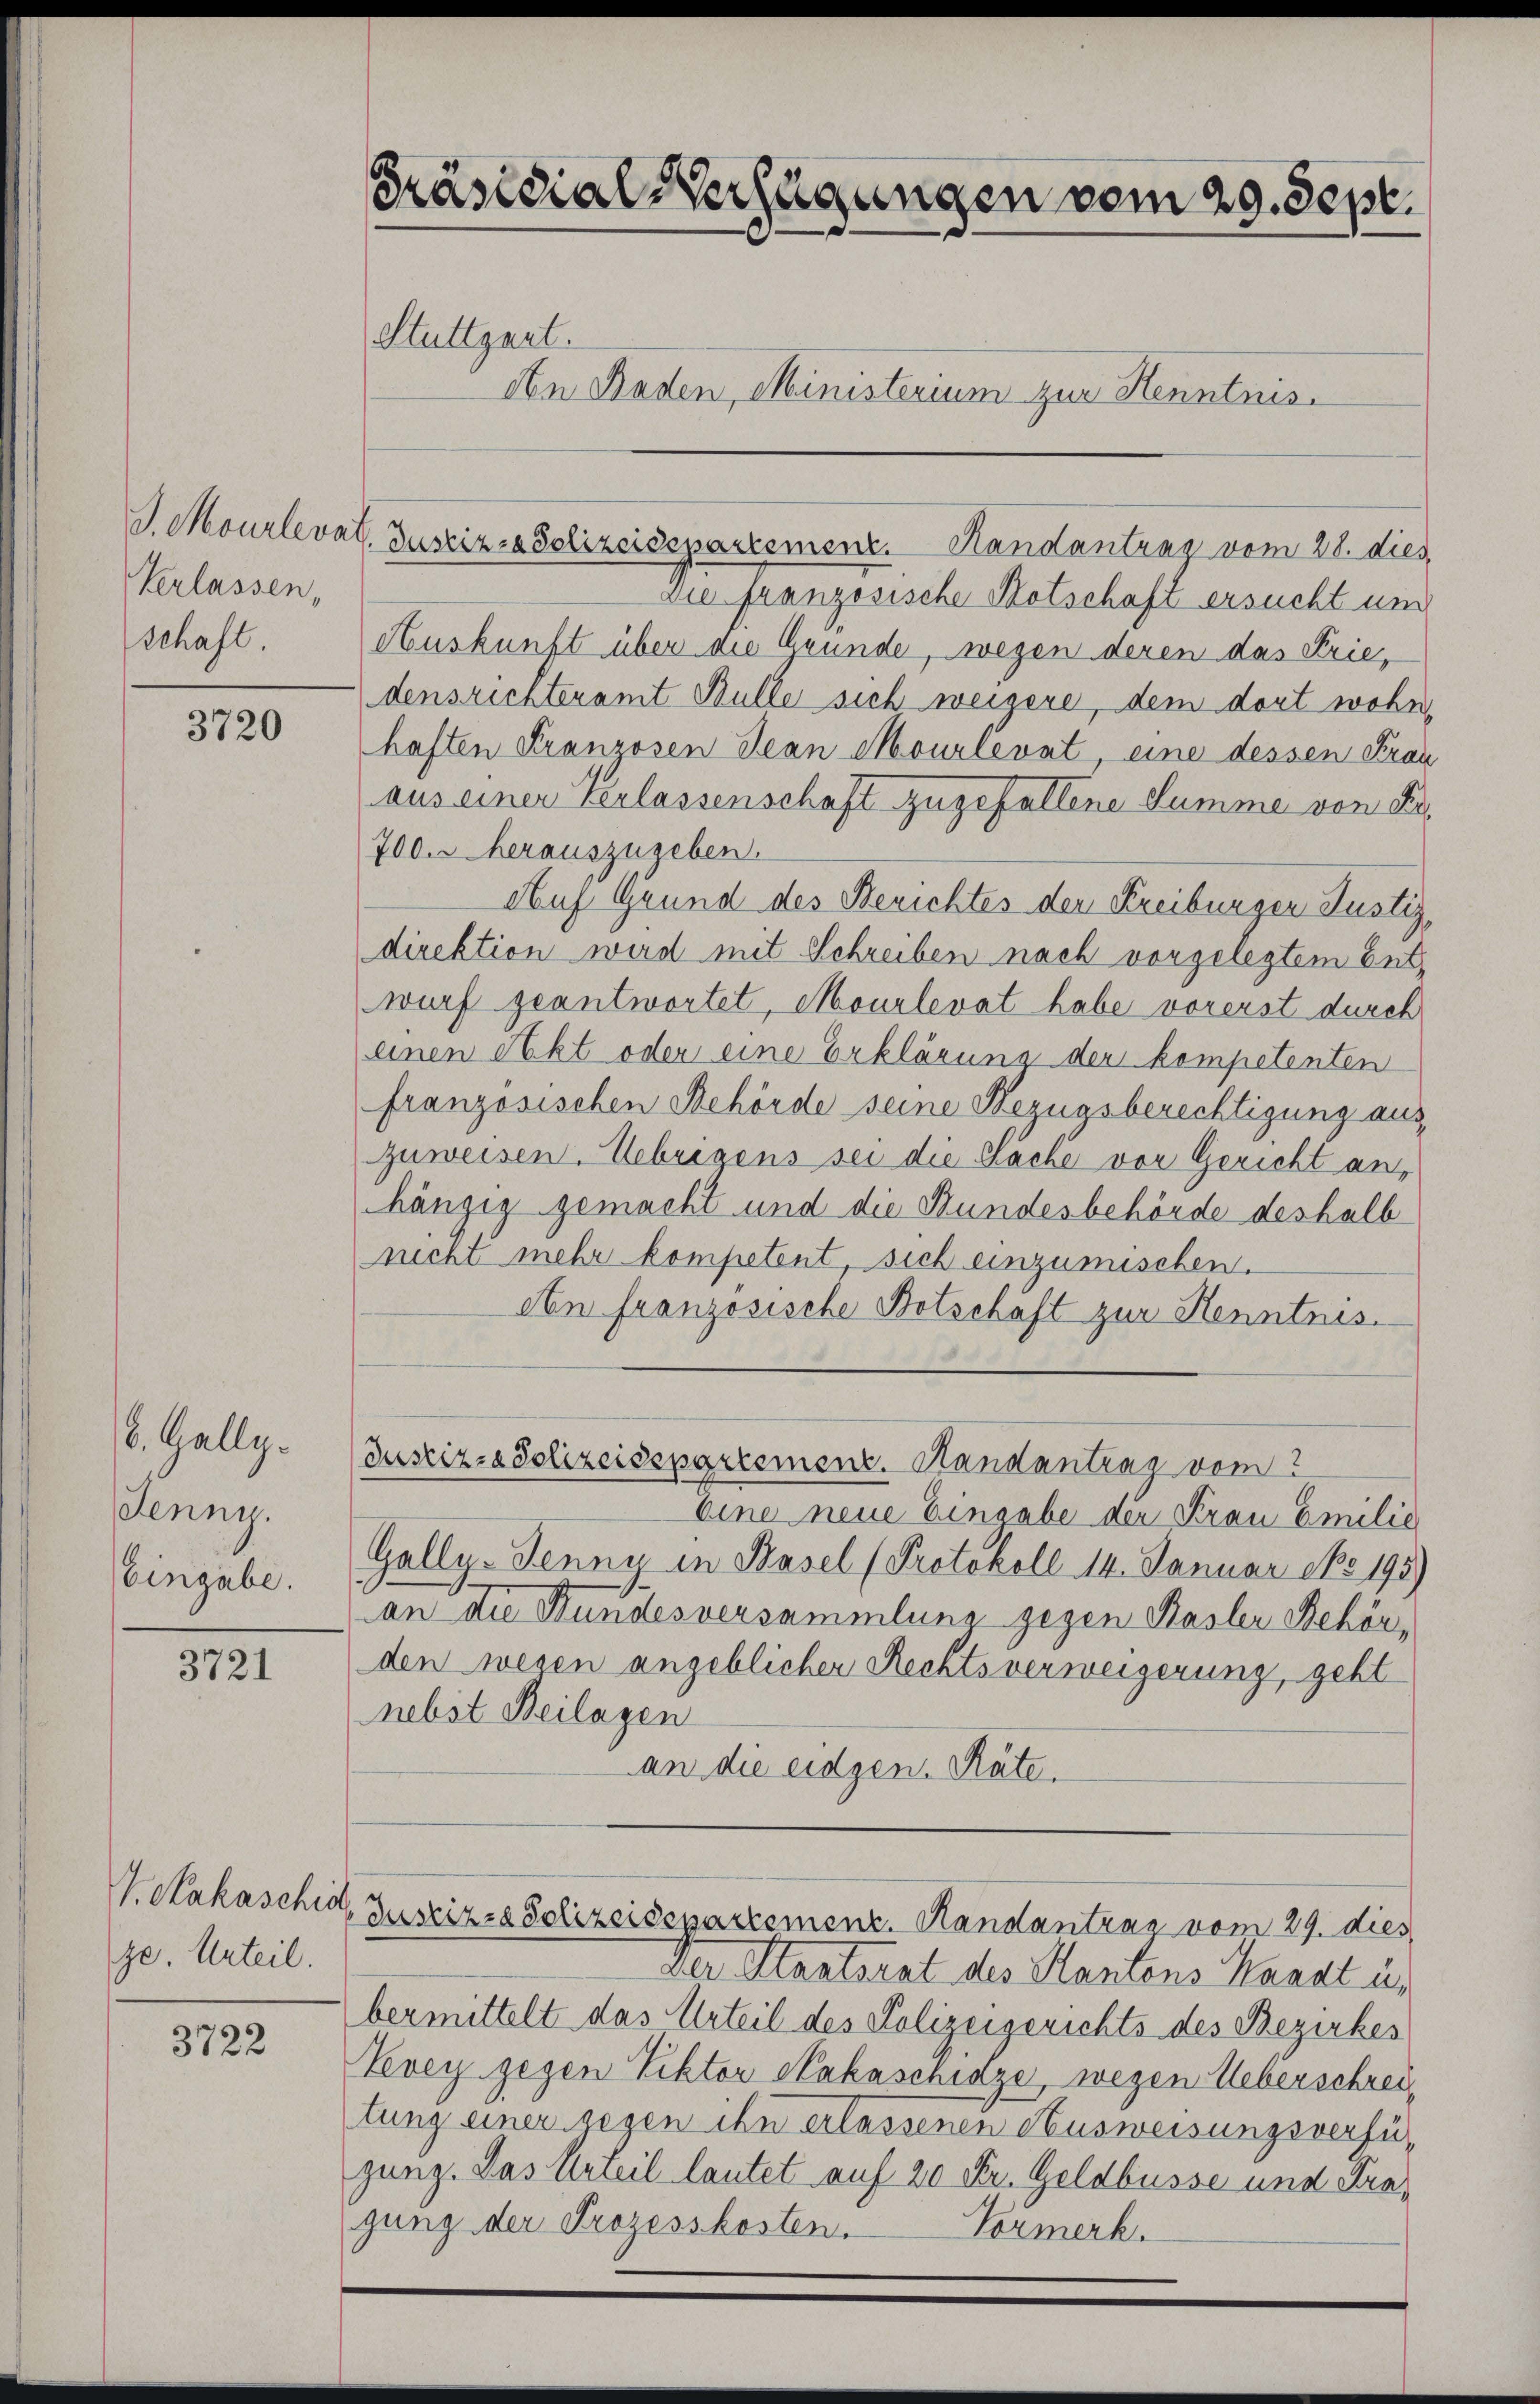
Verlassen,
schaft.

3720

18. Gally.
Jenny.
Eingabe.

3721

ze. Urteil.

3722

Präsidial-Verfügungen vom 29. Sept.
Stuttgart.
An Baden, Ministerium zur Kenntnis.

J. Mourlevat. Justiz- & Polizeidepartement. Handantrag vom 28. dies

die französische Notschaft ersucht und
Auskunft über die Gründe, wegen deren das Prie,
densrichteramt Bülle sich weigere, dem dort wohn
haften Franzosen Jean Mourlevnt eine dessen Frau
aus einer Verlassenschaft zugefallene Summe von Fr
700. u herauszugeben.
Auf Grund des Berichtes der Kreiburger Justiz,
direktion wird mit Schreiben nach vorgelegtem Entz
wurf geantwortet, Moulevat habe vorerst durch
einen Akt oder eine Erklärung der kompetenten
französischen Behörde seine Bezugsberechtigung auszuweisen. Uebrigens sei die Sache vor Gericht an,
hängig gemacht und die Bundesbehörde deshalb
nicht mehr kompetent, sich einzumischen.
An französische Botschaft zur Henntnis¬
Justiz-Polizeisepartement. Randantrag vom 2
Eine neue Einsabe der Frau Emilie
Gally. Jenny in Basel (Protokoll 14. Januar epo 195)
an die Bundesversammlung gegen Basler Behörden wegen angeblicher Rechtsverweigerung, geht
nebst Beilagen
an die eidgen. Räte.

VHakaschidl, Zustiz- & Polizeidepartement. Handantrag vom 29. dies

Der Staatsrat des Kantons Karat u.
bermittelt das Urteil des Polizeigerichts des Bezirkes
Vevey gegen Viktor Sakaschitze, wegen Ueberschreitung einer gegen ihn erlassenen Ausweisungsverfügang. Das Urteil lautet auf 20 Fr. Geldbusse und Fragung der Prozesskosten. Vormerk.